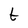
Character: t